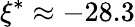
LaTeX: \xi^{*}\approx-28.3